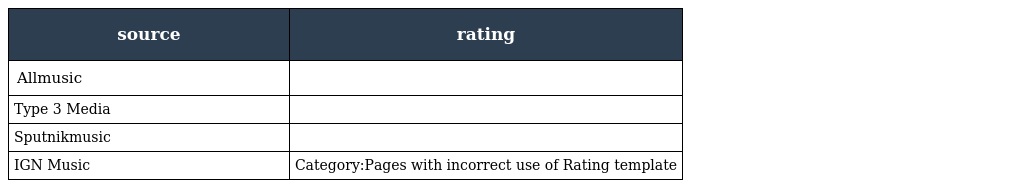
| source | rating |
 | --- | --- |
 | Allmusic |  |
 | Type 3 Media |  |
 | Sputnikmusic |  |
 | IGN Music | Category:Pages with incorrect use of Rating template |